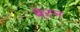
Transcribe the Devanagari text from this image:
बे्रन